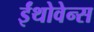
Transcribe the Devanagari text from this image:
ईंथोवेन्स